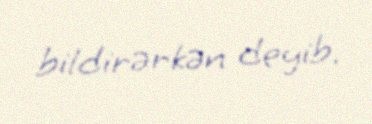
bildirərkən deyib.